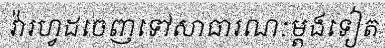
វ៉ារហ្វដចេញទៅសាធារណៈម្តងទៀត